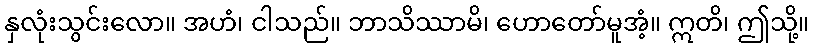
နှလုံးသွင်းလော။ အဟံ၊ ငါသည်။ ဘာသိဿာမိ၊ ဟောတော်မူအံ့။ ဣတိ၊ ဤသို့။